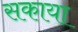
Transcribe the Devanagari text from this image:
सकाया